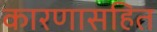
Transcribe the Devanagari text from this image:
कारणासहित